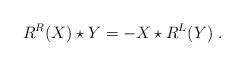
LaTeX: \begin{align*}R^R(X)\star Y=-X\star R^L (Y) \ .\end{align*}